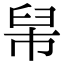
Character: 𦥡